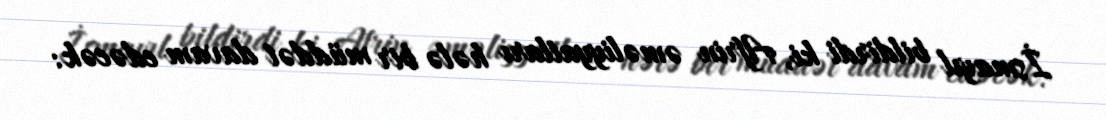
İsmayıl bildirdi ki, Afrin əməliyyatları hələ bir müddət davam edəcək: